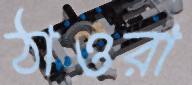
ঠাওরা